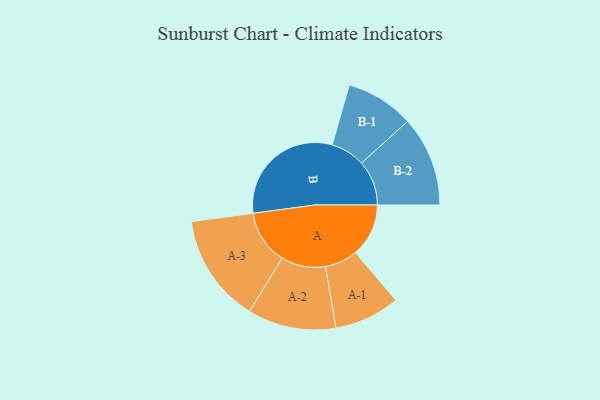
{"axis": {"x": "Segment", "y": "Value"}, "legend": ["", "A", "B"], "data": [{"x": "A", "y": 191, "type": ""}, {"x": "B", "y": 437, "type": ""}, {"x": "A-1", "y": 118, "type": "A"}, {"x": "A-2", "y": 159, "type": "A"}, {"x": "A-3", "y": 195, "type": "A"}, {"x": "B-1", "y": 123, "type": "B"}, {"x": "B-2", "y": 162, "type": "B"}]}